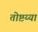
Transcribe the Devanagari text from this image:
तोष्टय्या